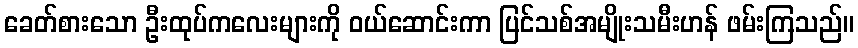
ခေတ်စားသော ဦးထုပ်ကလေးများကို ဝယ်ဆောင်းကာ ပြင်သစ်အမျိုးသမီးဟန် ဖမ်းကြသည်။